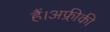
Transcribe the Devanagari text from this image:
हैं।अफ्री़की